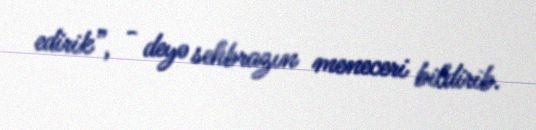
edirik”, - deyə sehbrazın meneceri bildirib.